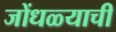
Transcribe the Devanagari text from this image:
जोंधळ्याची